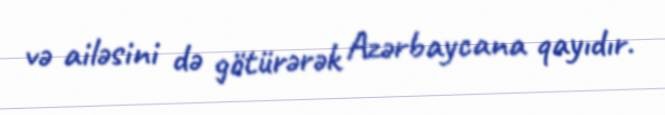
və ailəsini də götürərək Azərbaycana qayıdır.